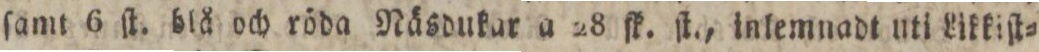
ſamt 6 ſt. blå och röda Näsdukar a 28 ſk. ſt., inlemnadt uti Likkiſt=